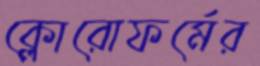
ক্লোরোফর্মের